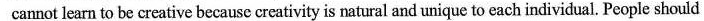
learn to be creative because crcativity is natural and unique to each individual. People should